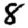
Digit: 8